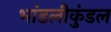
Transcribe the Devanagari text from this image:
भांडलीकुंडल